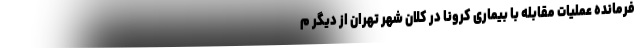
فرمانده عملیات مقابله با بیماری کرونا در کلان شهر تهران از دیگر م